Scottish Leaving Certificate Examination, 1958
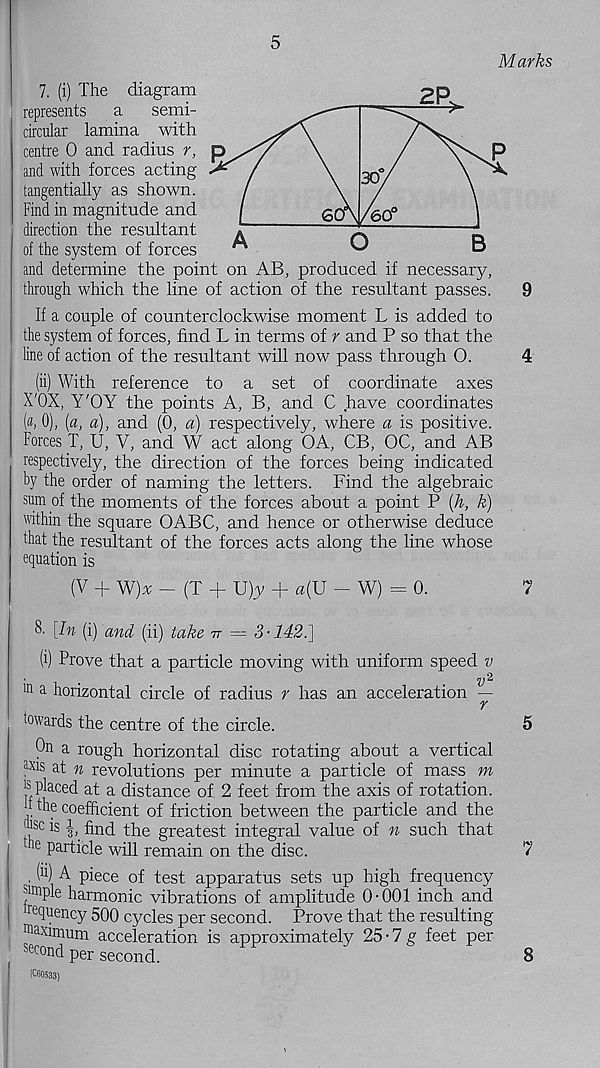
5
Marks
7. (i) The diagram
represents
a
semi-
circular lamina with
centre 0 and radius r,
and with forces acting
tangentially as shown.
Find in magnitude and
direction the resultant
of the system of forces
and determine the point on AB, produced if necessary,
through which the line of action of the resultant passes.
9
If a couple of counterclockwise moment L is added to
the system of forces, find L in terms of r and P so that the
line of action of the resultant will now pass through 0.
4
(ii) With reference to a set of coordinate axes
X'OX, Y'OY the points A, B, and C have coordinates
K 0), (a, a), and (0, a) respectively, where a is positive.
Forces T, U, V, and W act along OA, CB, OC, and AB
respectively, the direction of the forces being indicated
by the order of naming the letters. Find the algebraic
sum of the moments of the forces about a point P (h, k)
within the square OABC, and hence or otherwise deduce
that the resultant of the forces acts along the line whose
equation is
(V + W)% - (T + U)y + «(U - W) - 0.
7
8- [in (i) and (ii) take n — 3-142.]
(i) Prove that a particle moving with uniform speed v
111 a horizontal circle of radius r has an acceleration —
r
towards the centre of the circle.
On a rough horizontal disc rotating about a vertical
ax is a t n revolutions per minute a particle of mass m
18 placed at a distance of. 2 feet from the axis of rotation,
h the coefficient of friction between the particle and the
( isc is i, fi n( p the greatest integral value of n such that
1 e particle will remain on the disc.
. (h) A piece of test apparatus sets up high frequency
junple harmonic vibrations of amplitude 0-001 inch and
lre quency 500 cycles per second. Prove that the resulting
Maximum acceleration is approximately 25-7 g feet per
second per second.
(C60533)